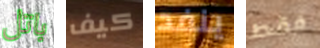
باتل كيف ينفد فقط